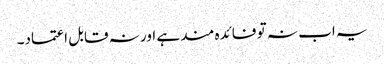
یہ اب نہ تو فائدہ مند ہے اور نہ قابل اعتماد۔